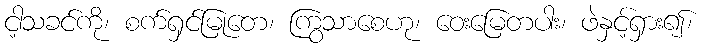
ငါ့သခင်ကို၊ စက်ရှင်မြုတေ၊ ကြွသာစေဟု၊ ဝေးမြေတပါး၊ ဖဲနှင့်ရှား၍၊